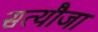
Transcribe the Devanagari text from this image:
सत्यौजा